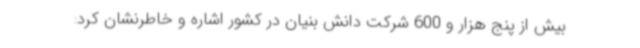
بیش از پنج هزار و 600 شرکت دانش بنیان در کشور اشاره و خاطرنشان کرد: